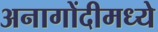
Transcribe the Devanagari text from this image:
अनागोंदीमध्ये